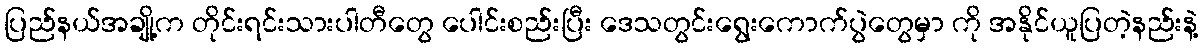
ပြည်နယ်အချို့က တိုင်းရင်းသားပါတီတွေ ပေါင်းစည်းပြီး ဒေသတွင်းရွေးကောက်ပွဲတွေမှာ ကို အနိုင်ယူပြတဲ့နည်းနဲ့